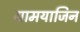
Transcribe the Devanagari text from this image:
ग्रामयाजिन